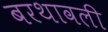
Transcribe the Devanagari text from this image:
बरथावली